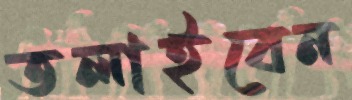
তলাইবেন